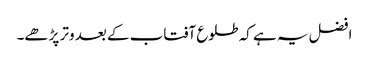
افضل یہ ہے کہ طلوع آفتاب کے بعد وتر پڑھے۔